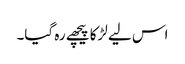
اس لیے لڑکا پیچھے رہ گیا۔